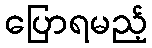
ပြောရမည့်